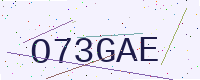
Text: O73GAE